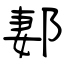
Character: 郪